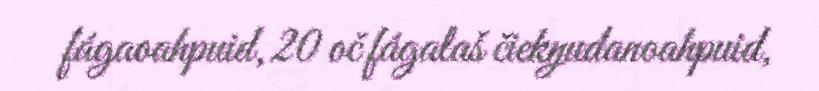
fágaoahpuid, 20 oč fágalaš čiekŋudanoahpuid,